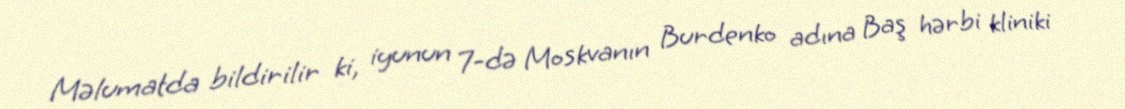
Məlumatda bildirilir ki, iyunun 7-də Moskvanın Burdenko adına Baş hərbi kliniki